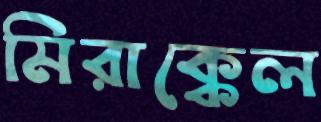
মিরাক্কেল